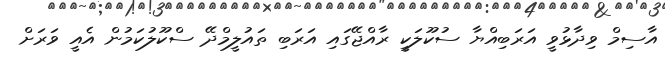
އާސިމް ވިދާޅުވީ އަރަބިއްޔާ ސުކޫލަކީ ރާއްޖޭގައި އަރަބި ތައުލީމްދޭ ސްކޫލުކަމުން އެއީ ވަރަށް